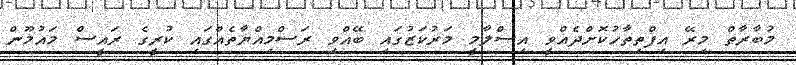
މުބާރާތް މިރޭ އިފްތިތާހުކޮށްދެއްވީ އިސްލާމީ މަރުކަޒުގައި ބޭއްވި ރަސްމިއްޔާތެއްގައި ކުރީގެ ރައީސް މައުމޫން